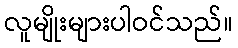
လူမျိုးများပါဝင်သည်။